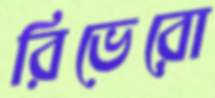
রিভেরো